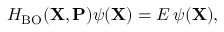
H _ { \mathrm { B O } } ( { \mathbf { X } } , { \mathbf { P } } ) \psi ( { \mathbf { X } } ) = E \, \psi ( { \mathbf { X } } ) ,